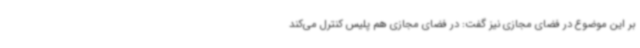
بر این موضوع در فضای مجازی نیز گفت: در فضای مجازی هم پلیس کنترل می‌کند